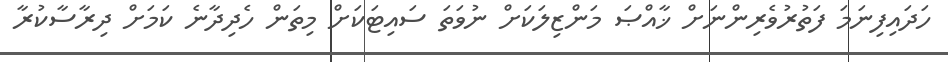
ހަދައިފިނަމަ ފަތުރުވެރިންނަށް ޚާއްޞަ މަންޒިލަކަށް ނުވަތަ ސައިޓަކަށް މިތަން ހެދިދާނެ ކަމަށް ދިރާސާކުރާ